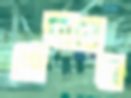
পেছানের